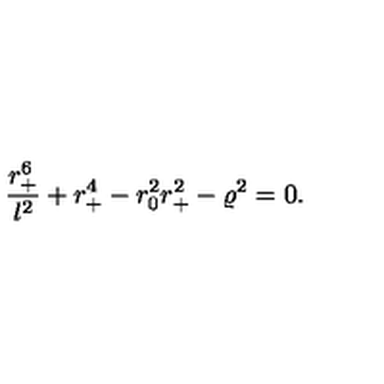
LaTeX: { \frac { r _ { + } ^ { 6 } } { l ^ { 2 } } } + r _ { + } ^ { 4 } - r _ { 0 } ^ { 2 } r _ { + } ^ { 2 } - \varrho ^ { 2 } = 0 .